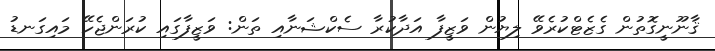
ޤާނޫނީގޮތުން ގެޒެޓްކުރެވޭ ލިޔުން ވަޒީފާ އަދާކުރާ ސެކްޝަނާއި ތަން: ވަޒީފާގައި ކުރަންޖެހޭ މައިގަނޑު